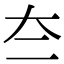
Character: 夳